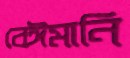
বেঈমানি